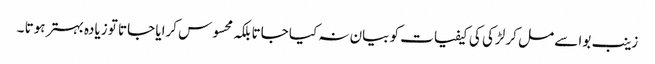
زینب بوا سے مل کر لڑکی کی کیفیات کو بیان نہ کیا جاتا بلکہ محسوس کرایا جاتا تو زیادہ بہتر ہوتا ۔